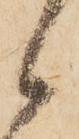
候